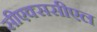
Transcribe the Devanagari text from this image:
सीएक्ससीएल